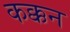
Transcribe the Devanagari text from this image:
कक्कन